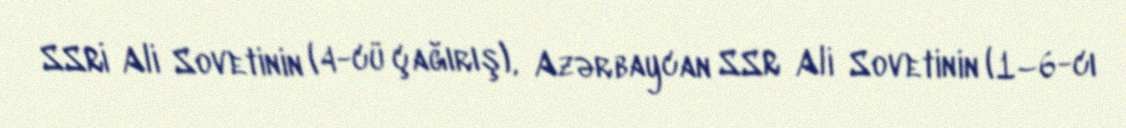
SSRİ Ali Sovetinin (4-cü çağırış), Azərbaycan SSR Ali Sovetinin (1–6-cı